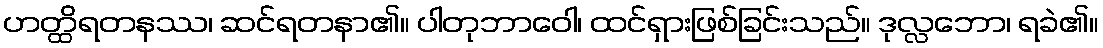
ဟတ္ထိရတနဿ၊ ဆင်ရတနာ၏။ ပါတုဘာဝေါ၊ ထင်ရှားဖြစ်ခြင်းသည်။ ဒုလ္လဘော၊ ရခဲ၏။